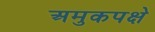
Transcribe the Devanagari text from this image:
अमुकपक्षे